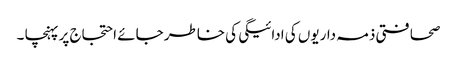
صحافتی ذمہ داریوں کی ادائیگی کی خاطر جائے احتجاج پر پہنچا ۔